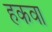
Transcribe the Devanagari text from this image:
हकवा